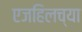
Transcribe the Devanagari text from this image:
एजहिलच्या